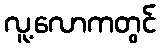
လူ့လောကတွင်